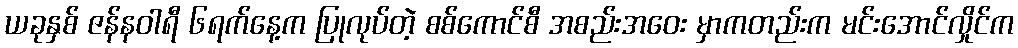
ယခုနှစ် ဇန်နဝါရီ ၆ရက်နေ့က ပြုလုပ်တဲ့ စစ်ကောင်စီ အစည်းအဝေး မှာကတည်းက မင်းအောင်လှိုင်က